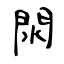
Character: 閖